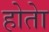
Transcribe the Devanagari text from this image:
होताे